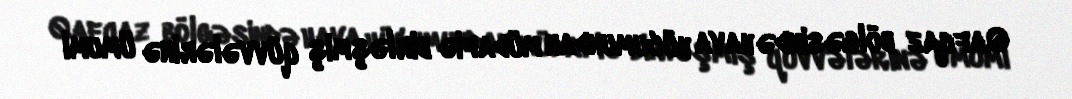
Qafqaz bölgəsində hava hücumundan müdafiə birləşmiş qüvvələrinə ümumi